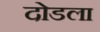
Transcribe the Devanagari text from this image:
दोडला